Leaving Certificate Examination (including Day School Certificate (Higher) General paper), 1927
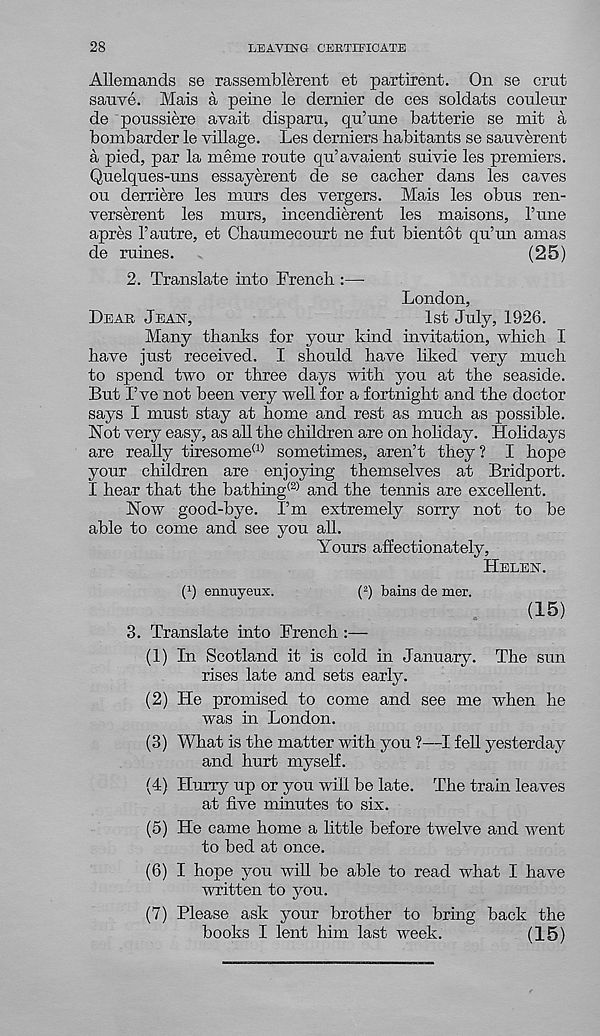
28
LEAVING CEBTIEICATE
Allemands se rassemblerent et partirent. On se crut
sauve. Mais a peine le dernier de ces soldats couleur
de ponssiere avait disparu, qu’une batterie se mit a
bombarder le village. Les demiers habitants se sanverent
a pied, par la meme route qu’avaient suivie les premiers.
Quelques-uns essayerent de se cacher dans les caves
on derriere les murs des vergers. Mais les obus ren-
verserent les murs, incendierent les maisons, I’niie
apres 1’autre, et Chaumecourt ne fut bientot qu’un amas
de mines.
(25)
2. Translate into French :—•
London,
DEAR JEAN,
1st July, 1926.
Many thanks for your kind invitation, which I
have just received. I should have liked very much
to spend two or three days with you at the seaside.
But I’ve not been very well for a fortnight and the doctor
says I must stay at home and rest as much as possible.
Not very easy, as all the children are on holiday. Holidays
are really tiresome (1) sometimes, aren’t they? I hope
your children are enjoying themselves at Bridport.
I hear that the bathing (2) and the tennis are excellent.
Now good-bye. I’m extremely sorry not to be
able to come and see you all.
Yours affectionately,
HELEN.
f 1 ) ennuyeux.
( 2 ) bains de mer.
3. Translate into French :—
(15)
(1) In Scotland it is cold in January. The sun
rises late and sets early.
(2) He promised to come and see me when he
was in London.
(3) What is the matter with you ?—I fell yesterday
and hurt myself.
(4) Hurry up or you will be late. The train leaves
at five minutes to six.
(5) He came home a little before twelve and went
to bed at once.
(6) I hope you will be able to read what I have
written to you.
(7) Please ask your brother to bring back the
books I lent him last week.
(15)